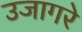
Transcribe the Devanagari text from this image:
उजागरे